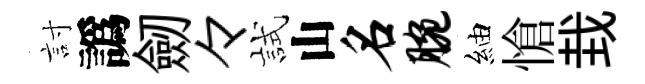
討譌劒々試山名腕紬愴㘽